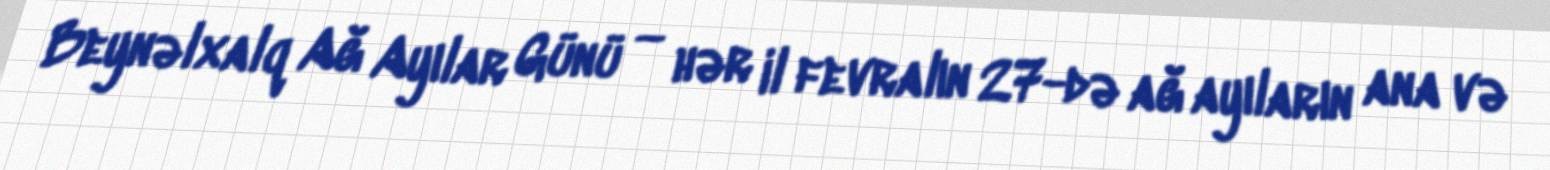
Beynəlxalq Ağ Ayılar Günü — hər il fevralın 27-də ağ ayıların ana və